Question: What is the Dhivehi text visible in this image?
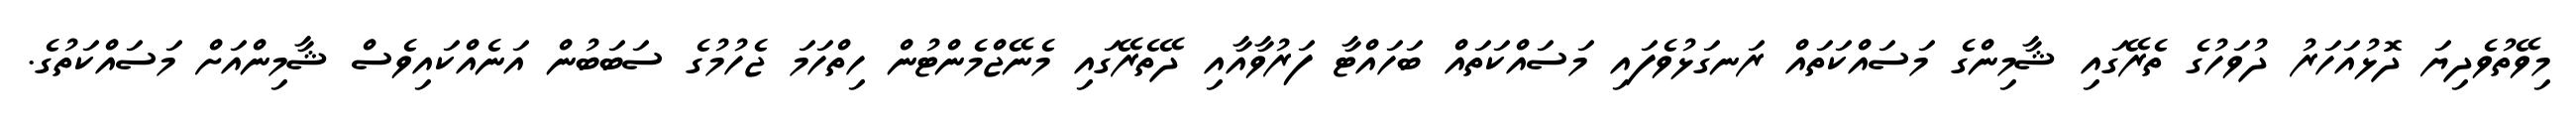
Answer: މިވޭތުވެދިޔަ ދޮޅުއަހަރު ދުވަހުގެ ތެރޭގައި ޝާމިންގެ މަސައްކަތައް ރަނގަޅުވެފައި މަސައްކަތައް ބަހައްޓާ ފަރުވާއާއި ދޭތެރޭގައި މެނޭޖްމެންޓުން ހިތްހަމަ ޖެހުމުގެ ސަބަބުން އަނެއްކައިވެސް ޝާމިންއަށް މަސައްކަތުގެ.